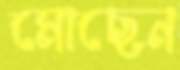
মোছেন